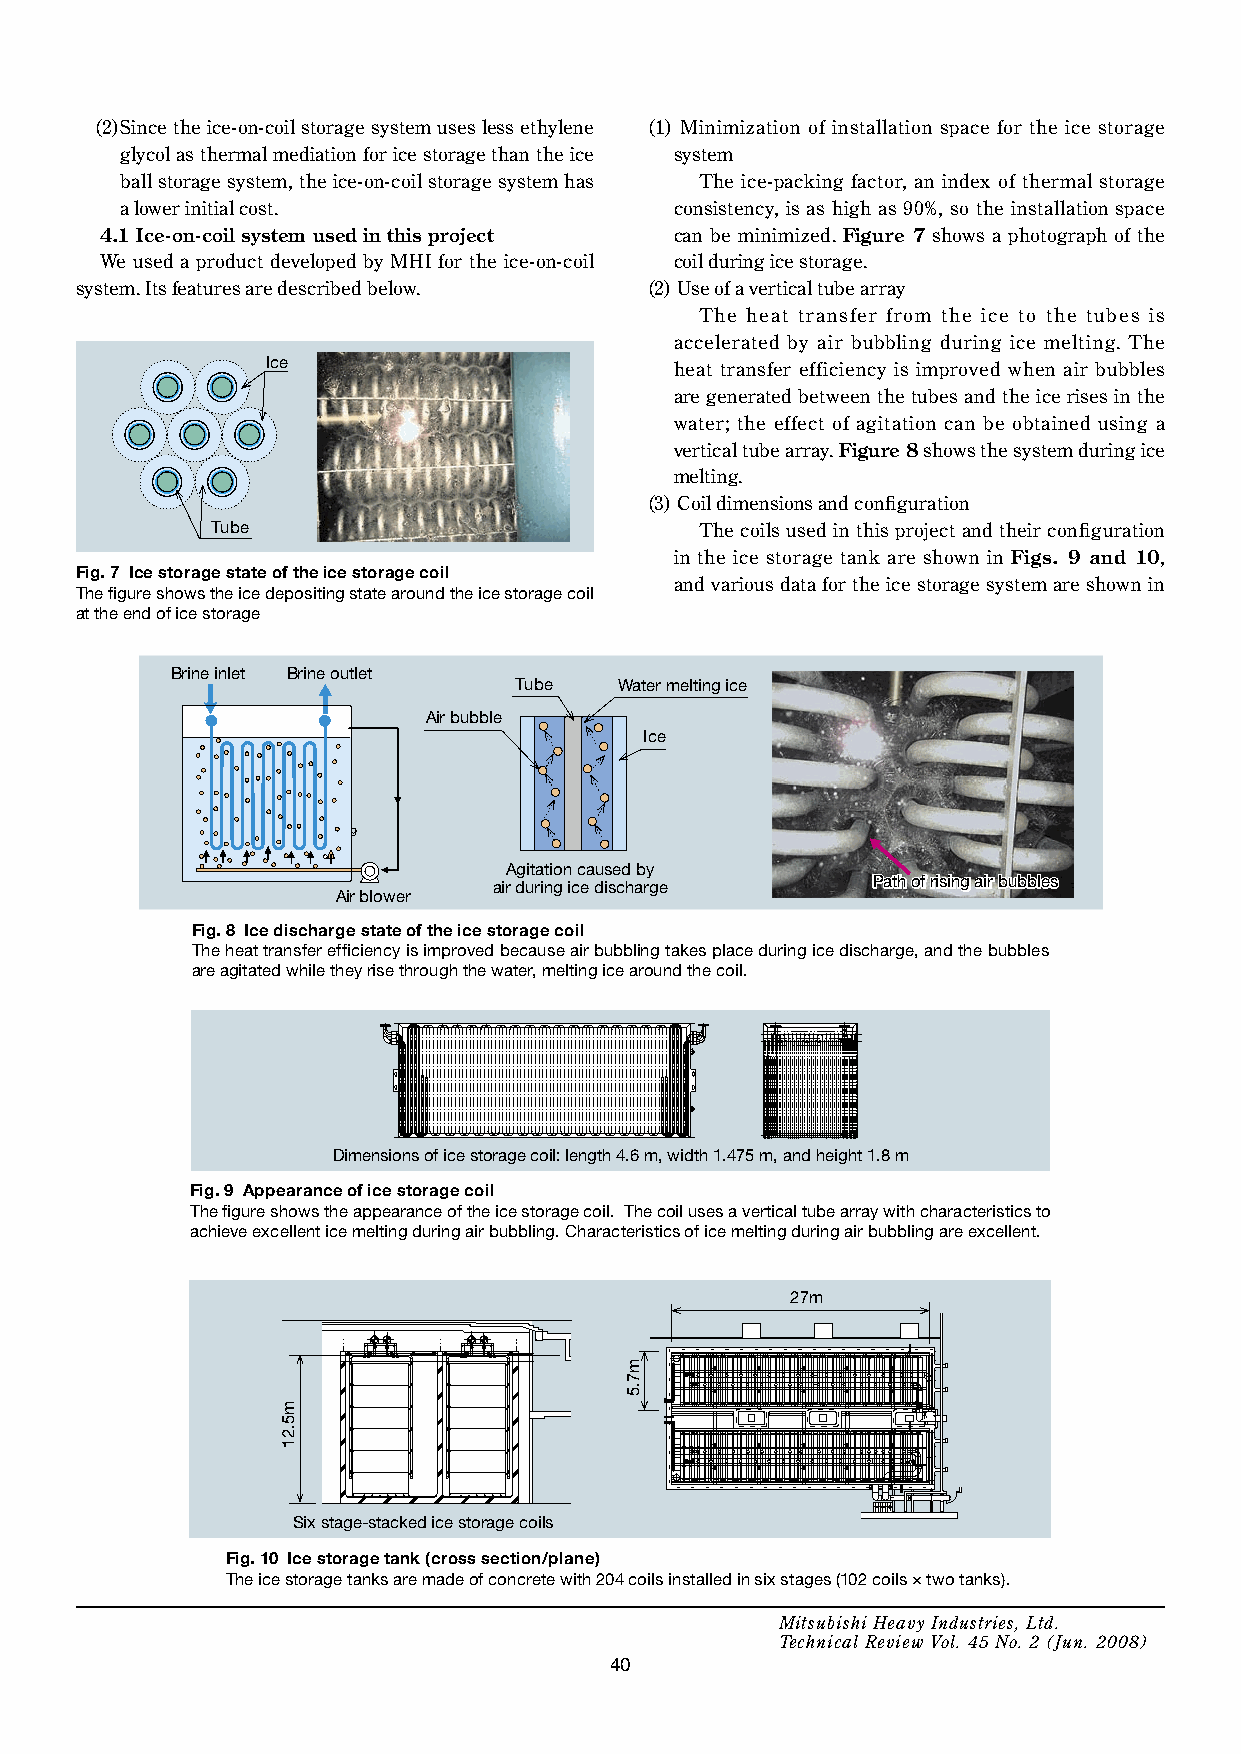
(2) Since the ice-on-coil storage system uses less ethylene (1) Minimization of installation space for the ice storage
 glycol as thermal mediation for ice storage than the ice system
 ball storage system, the ice-on-coil storage system has The ice-packing factor, an index of thermal storage
 a lower initial cost.                consistency, is as high as 90%, so the installation space
 4.1 Ice-on-coil system used in this project can be minimized. Figure 7 shows a photograph of the
 We used a product developed by MHI for the ice-on-coil coil during ice storage.
 system. Its features are described below. (2) Use of a vertical tube array
 The heat transfer from the ice to the tubes is
 accelerated by air bubbling during ice melting. The
 Ice
 heat transfer efficiency is improved when air bubbles
 are generated between the tubes and the ice rises in the
 water; the effect of agitation can be obtained using a
 vertical tube array. Figure 8 shows the system during ice
 melting.
 (3) Coil dimensions and configuration
 Tube                            The coils used in this project and their configuration
 in the ice storage tank are shown in Figs. 9 and 10,
 Fig. 7 Ice storage state of the ice storage coil
 and various data for the ice storage system are shown in
 The figure shows the ice depositing state around the ice storage coil
 at the end of ice storage
 Brine inlet Brine outlet
 Tube   Water melting ice
 Air bubble
 Ice
 Agitation caused by
 air during ice discharge PPaatthh ooff rriissiinngg aaiirr bbuubbbblleess
 Air blower
 Fig. 8 Ice discharge state of the ice storage coil
 The heat transfer efficiency is improved because air bubbling takes place during ice discharge, and the bubbles
 are agitated while they rise through the water, melting ice around the coil.
 Dimensions of ice storage coil: length 4.6 m, width 1.475 m, and height 1.8 m
 Fig. 9 Appearance of ice storage coil
 The figure shows the appearance of the ice storage coil. The coil uses a vertical tube array with characteristics to
 achieve excellent ice melting during air bubbling. Characteristics of ice melting during air bubbling are excellent.
 27m
 Six stage-stacked ice storage coils
 Fig. 10 Ice storage tank (cross section/plane)
 The ice storage tanks are made of concrete with 204 coils installed in six stages (102 coils × two tanks).
 Mitsubishi Heavy Industries, Ltd.
 Technical Review Vol. 45 No. 2 (Jun. 2008)
 40
 m5.21
 m7.5